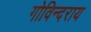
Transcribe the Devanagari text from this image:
गोविन्दराय